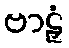
ဗာဠှံ